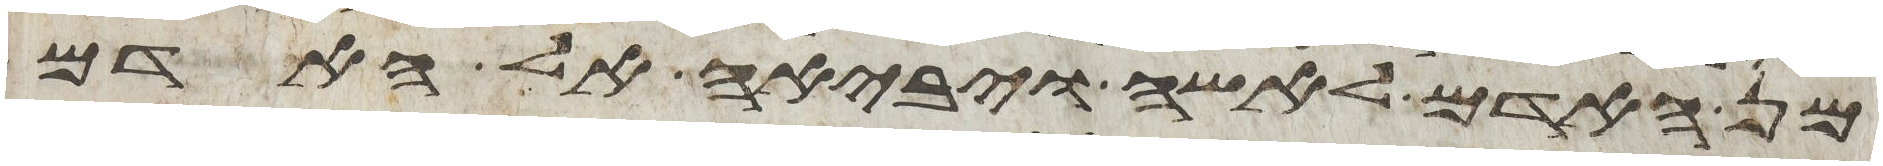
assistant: מן האדם לאשה ויביאה אל האדם